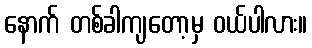
နောက် တစ်ခါကျတော့မှ ဝယ်ပါလား။